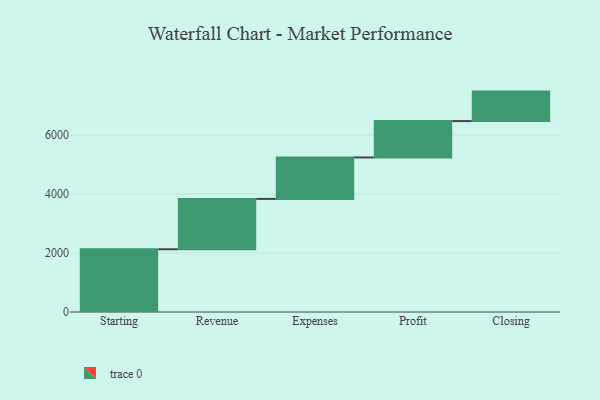
{"axis": {"x": "Step", "y": "Value"}, "legend": [""], "data": [{"x": "Starting", "y": 2128.0, "type": ""}, {"x": "Revenue", "y": 1708.0, "type": ""}, {"x": "Expenses", "y": 1406.0, "type": ""}, {"x": "Profit", "y": 1234.0, "type": ""}, {"x": "Closing", "y": 1000, "type": ""}]}